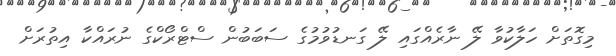
މިގޮތަށް ހަލާކުވާ ލޭ ނާރެއްގައި ލޭ ގަނޑުވުމުގެ ސަބަބުން ސްޓްރޯކްގެ ނުރައްކާ އިތުރަށް